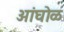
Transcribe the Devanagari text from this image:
अांघोळ